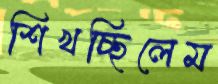
শিখচ্ছিলেম